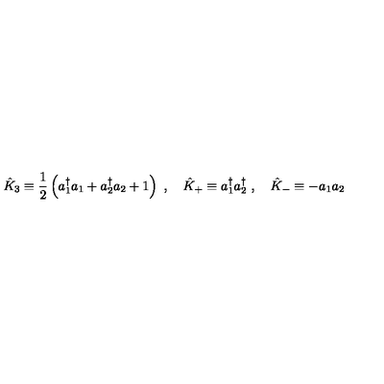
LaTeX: { \hat { K } } _ { 3 } \equiv { \frac { 1 } { 2 } } \left( a _ { 1 } ^ { \dagger } a _ { 1 } + a _ { 2 } ^ { \dagger } a _ { 2 } + 1 \right) \ , \quad { \hat { K } } _ { + } \equiv a _ { 1 } ^ { \dagger } a _ { 2 } ^ { \dagger } \ , \quad { \hat { K } } _ { - } \equiv - a _ { 1 } a _ { 2 }